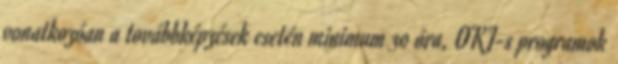
vonatkozóan a továbbképzések esetén minimum 30 óra, OKJ-s programok